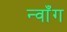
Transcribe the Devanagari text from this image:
न्वाँग